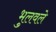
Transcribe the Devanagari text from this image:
भुलवले